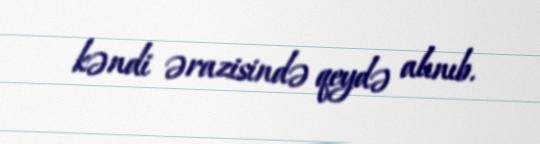
kəndi ərazisində qeydə alınıb.